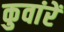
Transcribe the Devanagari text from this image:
कुवांरें